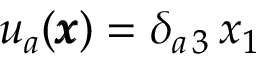
u _ { a } ( { \pmb x } ) = \delta _ { a \, 3 } \, x _ { 1 }